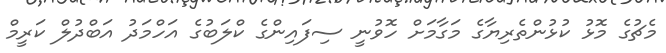
މެޗުގެ މޮޅު ކުޅުންތެރިޔާގެ މަގާމަށް ހޮވުނީ ސިފައިންގެ ކްލަބުގެ އަހްމަދު އަބްދުލް ކަރީމް